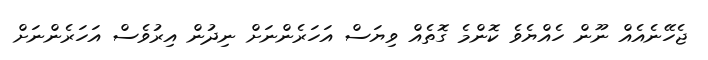
ޖެހޭނެއެއް ނޫން ހެއްޔެވެ ކޮންމެ ގޮތެއް ވިޔަސް އަހަރެންނަށް ނިދުން އިރުވެސް އަހަރެންނަށް